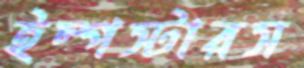
ইম্পস্টারস